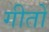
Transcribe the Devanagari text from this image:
गीतों